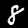
Digit: 8